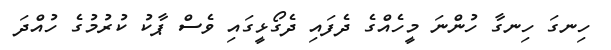
ހިނގަ ހިނގާ ހުންނަ މީހެއްގެ ދެފައި ދެގޯޅީގައި ވެސް ޕާކު ކުރުމުގެ ހުއްދަ